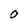
Character: 0